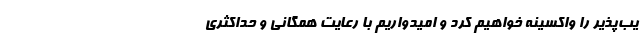
یب‌پذیر را واکسینه خواهیم کرد و امیدواریم با رعایت همگانی و حداکثری